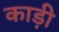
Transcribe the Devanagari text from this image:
काड़ी